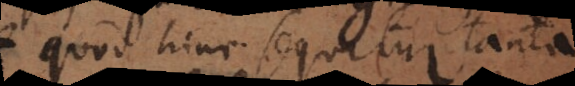
quod hinc sequitur tanta